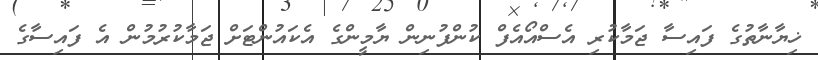
ޚިޔާނާތުގެ ފައިސާ ޖަމާކުރި އެސްއޯއެފް ކުންފުނިން ޔާމީންގެ އެކައުންޓަށް ޖަމާކުރުމުން އެ ފައިސާގެ